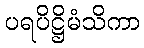
ပရပိဋ္ဌိမံသိကာ